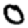
Digit: 0